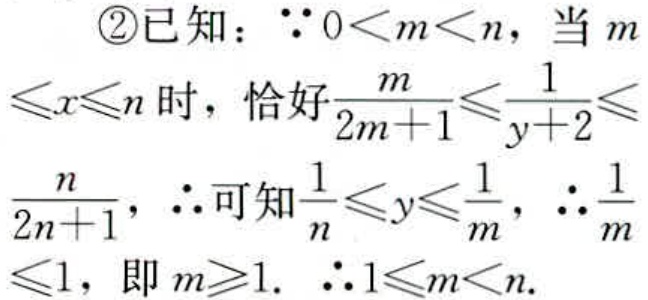
\textcircled{2}已知：$\because 0 < m < n$，当$m\leqslant x\leqslant n$时，恰好$\frac{m}{2m + 1}\leqslant\frac{1}{y + 2}\leqslant\frac{n}{2n + 1}$，$\therefore$可知$\frac{1}{n}\leqslant y\leqslant\frac{1}{m}$，$\therefore\frac{1}{m}\leqslant1$，即$m\geqslant1$. $\therefore1\leqslant m < n$.